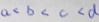
a < b < c < d